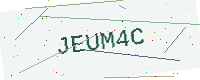
Text: JEUM4C